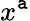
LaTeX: x^{\mathtt{a}}